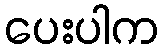
ပေးပါက